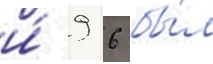
и́ 9 6 бы́л